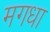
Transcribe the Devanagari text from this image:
मगधा